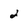
Character: 2